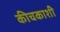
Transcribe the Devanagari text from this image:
कीचकाशी